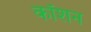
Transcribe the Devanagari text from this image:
कॉशन